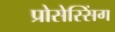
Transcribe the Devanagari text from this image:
प्रोसेस्सिंग